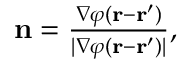
\begin{array} { r } { \mathbf { n } = \frac { \nabla \varphi ( \mathbf { r } - \mathbf { r } ^ { \prime } ) } { | \nabla \varphi ( \mathbf { r } - \mathbf { r } ^ { \prime } ) | } , } \end{array}